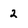
Character: 2